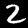
Label: 2